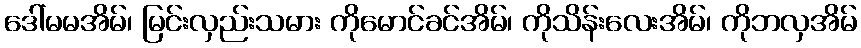
ဒေါ်မမအိမ်၊ မြင်းလှည်းသမား ကိုမောင်ခင်အိမ်၊ ကိုသိန်းလေးအိမ်၊ ကိုဘလှအိမ်